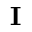
\boldsymbol { \textbf { I } }